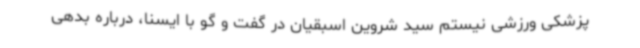
پزشکی ورزشی نیستم سید شروین اسبقیان در گفت و گو با ایسنا، درباره بدهی